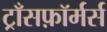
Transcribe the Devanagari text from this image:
ट्राँसफ़ॉर्मर्स